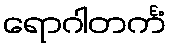
ရောဂါတင်္ကံ